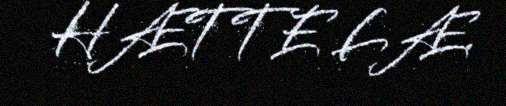
HÆTTE LÆ.